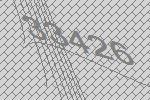
33426